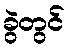
ခွဲတွင်